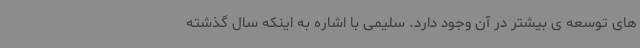
های توسعه ی بیشتر در آن وجود دارد. سلیمی با اشاره به اینکه سال گذشته